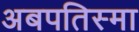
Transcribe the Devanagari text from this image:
अबपतिस्मा